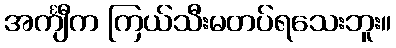
အင်္ကျီက ကြယ်သီးမတပ်ရသေးဘူး။